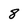
Character: 8